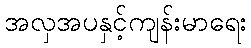
အလှအပနှင့်ကျန်းမာရေး